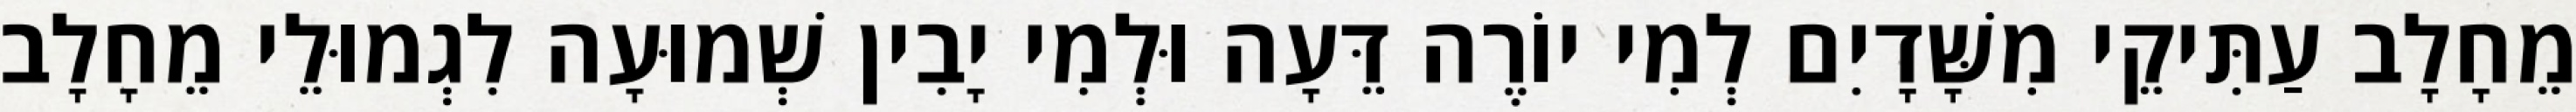
מֵחָלָב עַתִּיקֵי מִשָּׁדָיִם לְמִי יוֹרֶה דֵּעָה וּלְמִי יָבִין שְׁמוּעָה לִגְמוּלֵי מֵחָלָב